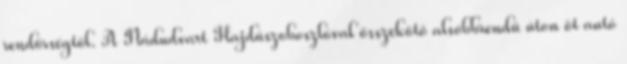
rendőrségtől. A Nádudvart Hajdúszoboszlóval összekötő alsóbbrendű úton öt autó